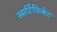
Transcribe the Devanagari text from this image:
स्सर्टिफिकेट